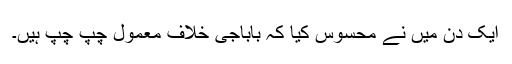
ایک دن میں نے محسوس کیا کہ باباجی خلاف معمول چپ چپ ہیں۔